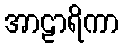
အာဠာရိကာ